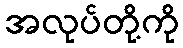
အလုပ်တို့ကို